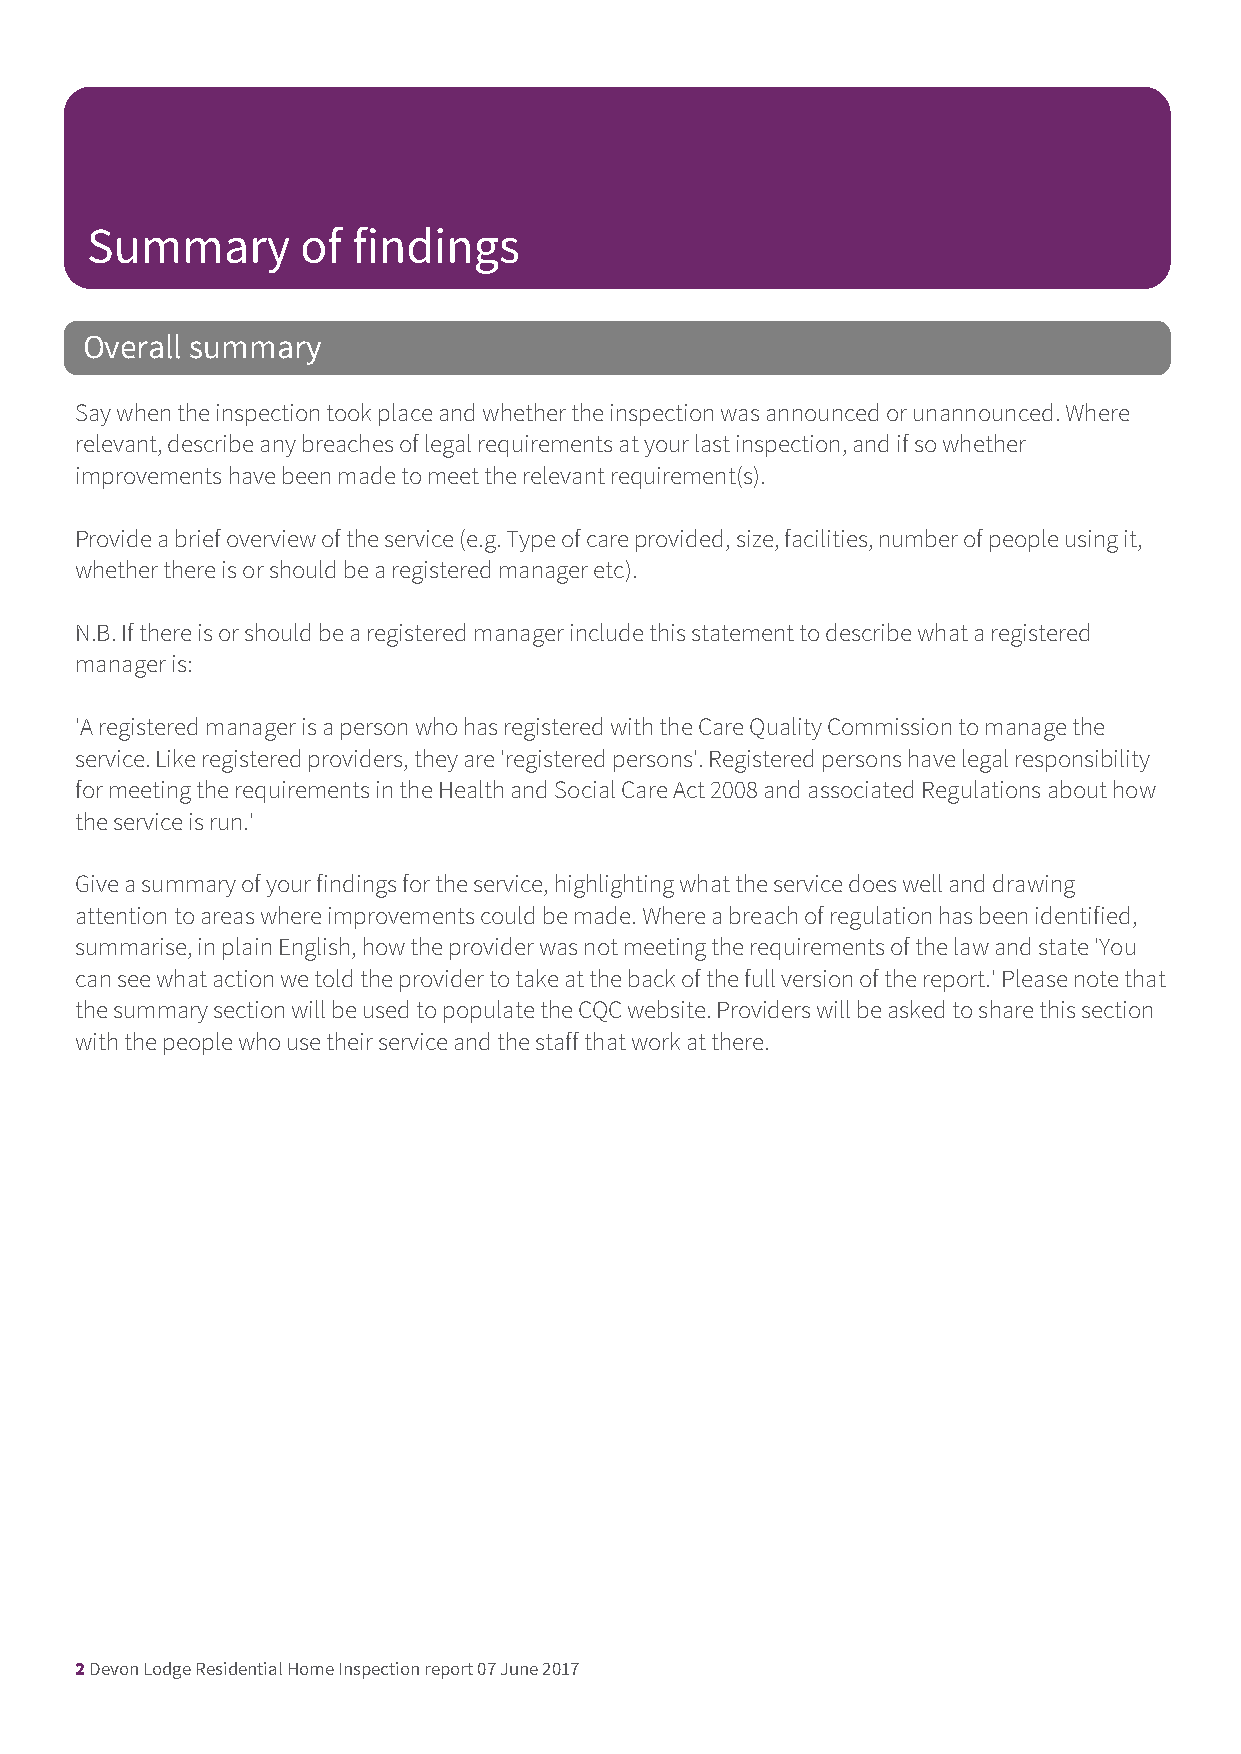
Summary       of findings
 Overall summary
 Say when the inspection took place and whether the inspection was announced or unannounced. Where
 relevant, describe any breaches of legal requirements at your last inspection, and if so whether
 improvements have been made to meet the relevant requirement(s).
 Provide a brief overview of the service (e.g. Type of care provided, size, facilities, number of people using it,
 whether there is or should be a registered manager etc).
 N.B. If there is or should be a registered manager include this statement to describe what a registered
 manager is:
 'A registered manager is a person who has registered with the Care Quality Commission to manage the
 service. Like registered providers, they are 'registered persons'. Registered persons have legal responsibility
 for meeting the requirements in the Health and Social Care Act 2008 and associated Regulations about how
 the service is run.'
 Give a summary of your findings for the service, highlighting what the service does well and drawing
 attention to areas where improvements could be made. Where a breach of regulation has been identified,
 summarise, in plain English, how the provider was not meeting the requirements of the law and state 'You
 can see what action we told the provider to take at the back of the full version of the report.' Please note that
 the summary section will be used to populate the CQC website. Providers will be asked to share this section
 with the people who use their service and the staff that work at there.
 2 Devon Lodge Residential Home Inspection report 07 June 2017